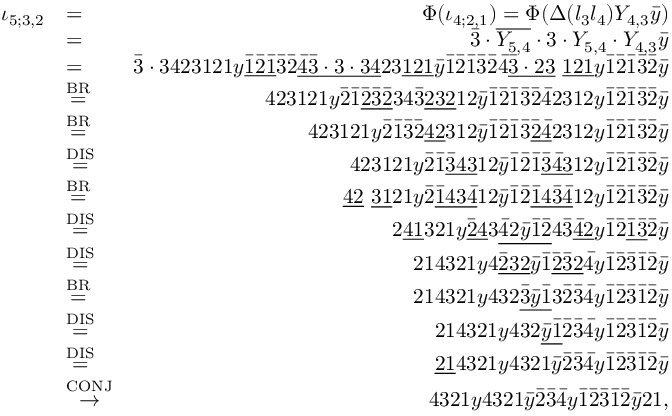
\begin{array} { r l r } { \iota _ { 5 ; 3 , 2 } } & { = } & { \Phi ( \iota _ { 4 ; 2 , 1 } ) = \Phi ( \Delta ( l _ { 3 } l _ { 4 } ) Y _ { 4 , 3 } \bar { y } ) } \\ & { = } & { \bar { 3 } \cdot \overline { { Y _ { 5 , 4 } } } \cdot 3 \cdot Y _ { 5 , 4 } \cdot Y _ { 4 , 3 } \bar { y } } \\ & { = } & { \bar { 3 } \cdot 3 4 2 3 1 2 1 y \underline { { \bar { 1 } \bar { 2 } \bar { 1 } } } \bar { 3 } \bar { 2 } \underline { { \bar { 4 } \bar { 3 } \cdot 3 \cdot 3 4 } } 2 3 \underline { { 1 2 1 } } \bar { y } \bar { 1 } \bar { 2 } \bar { 1 } \bar { 3 } \bar { 2 } \bar { 4 } \underline { { \bar { 3 } \cdot 2 3 } } \ \underline { { 1 2 1 } } y \bar { 1 } \bar { 2 } \bar { 1 } \bar { 3 } \bar { 2 } \bar { y } } \\ & { \stackrel { \mathrm { B R } } { = } } & { 4 2 3 1 2 1 y \bar { 2 } \bar { 1 } \underline { { \bar { 2 } \bar { 3 } \bar { 2 } } } 3 4 \bar { 3 } \underline { { 2 3 2 } } 1 2 \bar { y } \bar { 1 } \bar { 2 } \bar { 1 } \bar { 3 } \bar { 2 } \bar { 4 } 2 3 1 2 y \bar { 1 } \bar { 2 } \bar { 1 } \bar { 3 } \bar { 2 } \bar { y } } \\ & { \stackrel { \mathrm { B R } } { = } } & { 4 2 3 1 2 1 y \bar { 2 } \bar { 1 } \bar { 3 } \bar { 2 } \underline { { 4 2 } } 3 1 2 \bar { y } \bar { 1 } \bar { 2 } \bar { 1 } \bar { 3 } \underline { { \bar { 2 } \bar { 4 } } } 2 3 1 2 y \bar { 1 } \bar { 2 } \bar { 1 } \bar { 3 } \bar { 2 } \bar { y } } \\ & { \stackrel { \mathrm { D I S } } { = } } & { 4 2 3 1 2 1 y \bar { 2 } \bar { 1 } \underline { { \bar { 3 } 4 3 } } 1 2 \bar { y } \bar { 1 } \bar { 2 } \bar { 1 } \underline { { \bar { 3 } \bar { 4 } 3 } } 1 2 y \bar { 1 } \bar { 2 } \bar { 1 } \bar { 3 } \bar { 2 } \bar { y } } \\ & { \stackrel { \mathrm { B R } } { = } } & { \underline { { 4 2 } } \ \underline { { 3 1 } } 2 1 y \bar { 2 } \underline { { \bar { 1 } 4 3 \bar { 4 } } } 1 2 \bar { y } \bar { 1 } \bar { 2 } \underline { { \bar { 1 } 4 \bar { 3 } \bar { 4 } } } 1 2 y \bar { 1 } \bar { 2 } \bar { 1 } \bar { 3 } \bar { 2 } \bar { y } } \\ & { \stackrel { \mathrm { D I S } } { = } } & { 2 \underline { { 4 1 } } 3 2 1 y \underline { { \bar { 2 } 4 } } 3 \underline { { \bar { 4 } 2 \bar { y } \bar { 1 } \bar { 2 } } } 4 \bar { 3 } \underline { { \bar { 4 } 2 } } y \bar { 1 } \bar { 2 } \underline { { \bar { 1 } \bar { 3 } } } \bar { 2 } \bar { y } } \\ & { \stackrel { \mathrm { D I S } } { = } } & { 2 1 4 3 2 1 y 4 \underline { { \bar { 2 } 3 2 } } \bar { y } \bar { 1 } \underline { { \bar { 2 } \bar { 3 } 2 } } \bar { 4 } y \bar { 1 } \bar { 2 } \bar { 3 } \bar { 1 } \bar { 2 } \bar { y } } \\ & { \stackrel { \mathrm { B R } } { = } } & { 2 1 4 3 2 1 y 4 3 2 \underline { { \bar { 3 } \bar { y } \bar { 1 } } } 3 \bar { 2 } \bar { 3 } \bar { 4 } y \bar { 1 } \bar { 2 } \bar { 3 } \bar { 1 } \bar { 2 } \bar { y } } \\ & { \stackrel { \mathrm { D I S } } { = } } & { 2 1 4 3 2 1 y 4 3 2 \underline { { \bar { y } \bar { 1 } } } \bar { 2 } \bar { 3 } \bar { 4 } y \bar { 1 } \bar { 2 } \bar { 3 } \bar { 1 } \bar { 2 } \bar { y } } \\ & { \stackrel { \mathrm { D I S } } { = } } & { \underline { { 2 1 } } 4 3 2 1 y 4 3 2 1 \bar { y } \bar { 2 } \bar { 3 } \bar { 4 } y \bar { 1 } \bar { 2 } \bar { 3 } \bar { 1 } \bar { 2 } \bar { y } } \\ & { \stackrel { \mathrm { C O N J } } { \to } } & { 4 3 2 1 y 4 3 2 1 \bar { y } \bar { 2 } \bar { 3 } \bar { 4 } y \bar { 1 } \bar { 2 } \bar { 3 } \bar { 1 } \bar { 2 } \bar { y } 2 1 , } \end{array}